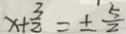
x + \frac { 3 } { 2 } = \pm \frac { 5 } { 2 }